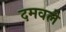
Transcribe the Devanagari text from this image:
दमवले